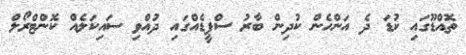
ތޮއްޑޫގައި ކުޑަ ދެ އަންހެން ކުދިން ބާރު ސްޕީޑެއްގައި ދުއްވި ސައިކަލެއް ކޮންޓްރޯލް